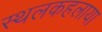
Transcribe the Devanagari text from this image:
स्थलकहलाया